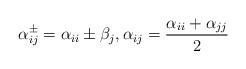
LaTeX: \begin{align*} \alpha^\pm_{ij}=\alpha_{ii}\pm\beta_j,\alpha_{ij} = \frac{\alpha_{ii}+\alpha_{jj}}{2}\quad \end{align*}